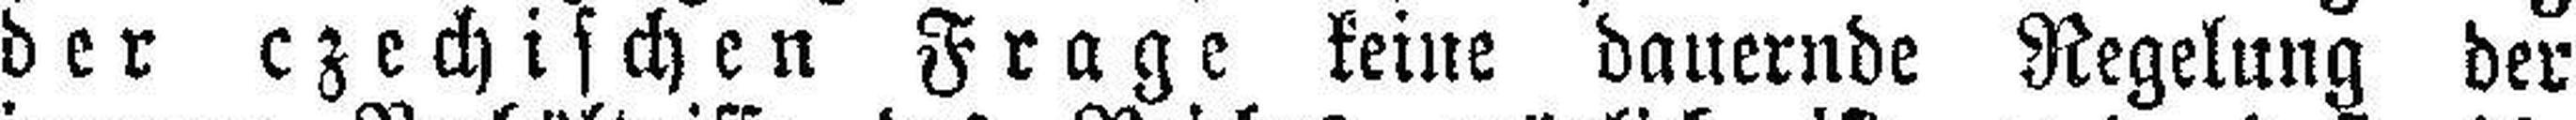
der czechischen Frage keine dauernde Regelung der